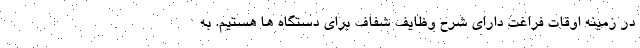
در زمینه اوقات فراغت دارای شرح وظایف شفاف برای دستگاه ها هستیم. به